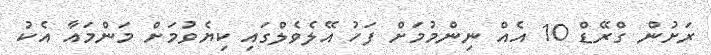
ރަށުން ގްރޭޑް 10 އެއް ނިންމުމަށް ފަހު އޭލެވެލްގައި ކިޔެވުމަށް މަންމައާ އެކު